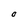
Character: O